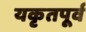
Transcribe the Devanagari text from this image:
यकृतपूर्व